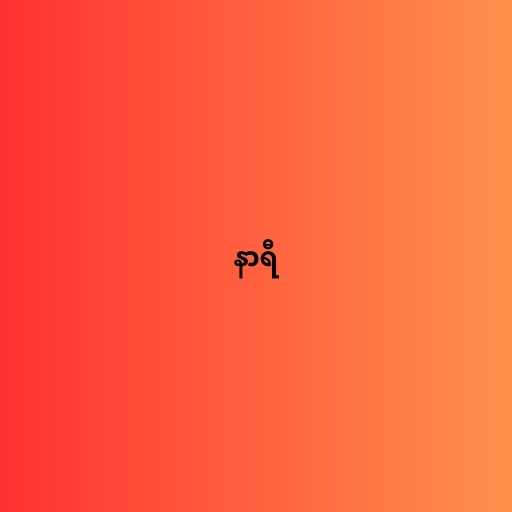
နာရီ